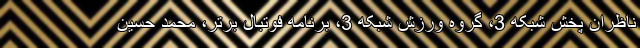
ناظران پخش شبکه 3، گروه ورزش شبکه 3، برنامه فوتبال برتر، محمد حسین